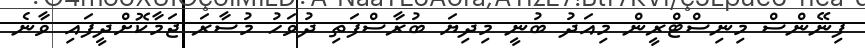
ފިނޭންސް މިނިސްޓްރީން މިއަދު ބުނީ މިދިޔަ ބުރާސްފަތި ދުވަހު މުސާރަ ޖަމާކޮށްދީފައި ވާނެ